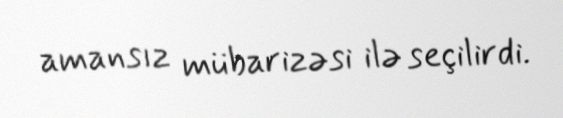
amansız mübarizəsi ilə seçilirdi.